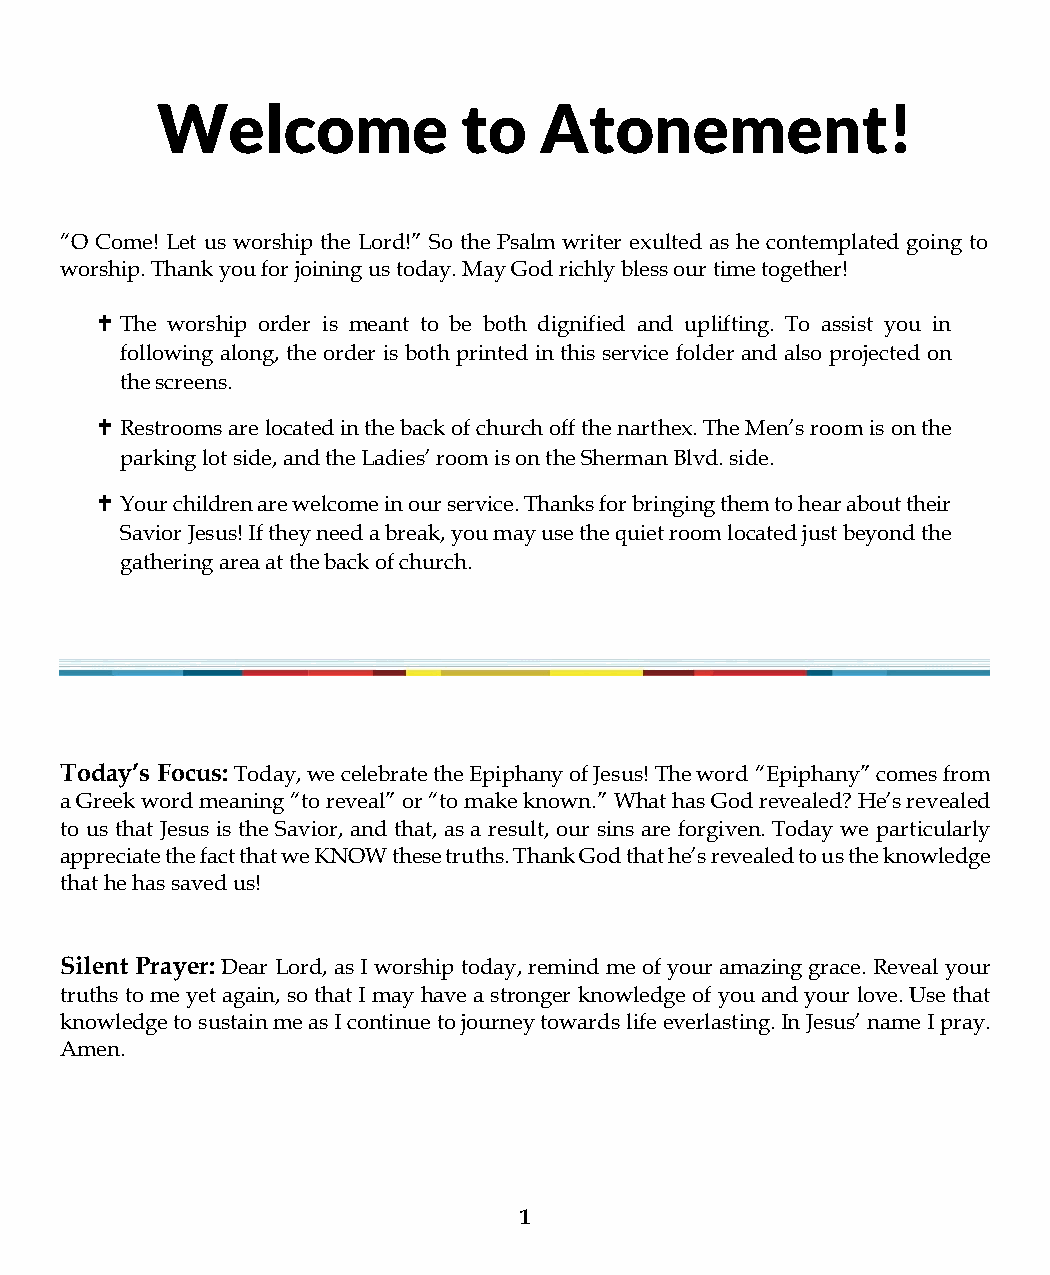
Welcome              to   Atonement!
 “O Come! Let us worship the Lord!” So the Psalm writer exulted as he contemplated going to
 worship. Thank you for joining us today. May God richly bless our time together!
  The worship order is meant to be both dignified and uplifting. To assist you in
 following along, the order is both printed in this service folder and also projected on
 the screens.
  Restrooms are located in the back of church off the narthex. The Men’s room is on the
 parking lot side, and the Ladies’ room is on the Sherman Blvd. side.
  Your children are welcome in our service. Thanks for bringing them to hear about their
 Savior Jesus! If they need a break, you may use the quiet room located just beyond the
 gathering area at the back of church.
 Today’s Focus: Today, we celebrate the Epiphany of Jesus! The word “Epiphany” comes from
 a Greek word meaning “to reveal” or “to make known.” What has God revealed? He’s revealed
 to us that Jesus is the Savior, and that, as a result, our sins are forgiven. Today we particularly
 appreciate the fact that we KNOW these truths. Thank God that he’s revealed to us the knowledge
 that he has saved us!
 Silent Prayer: Dear Lord, as I worship today, remind me of your amazing grace. Reveal your
 truths to me yet again, so that I may have a stronger knowledge of you and your love. Use that
 knowledge to sustain me as I continue to journey towards life everlasting. In Jesus’ name I pray.
 Amen.
 1